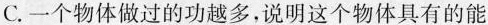
C.一个物体做过的功越多，说明这个物体具有的能